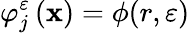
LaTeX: \varphi_{j}^{\varepsilon}\left(\mathbf{x}\right)=\phi(r,\varepsilon)